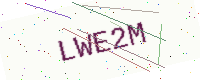
Text: LWE2M